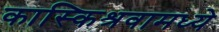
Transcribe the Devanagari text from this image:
कास्किश्रवामध्ये